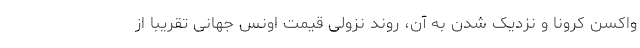
واکسن کرونا و نزدیک شدن به آن، روند نزولی قیمت اونس جهانی تقریبا از